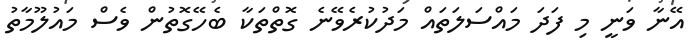
އޭނާ ވަނީ މި ފަދަ މައްސަލަތައް މަދުކުރެވޭނެ ގޮތްތަކާ ބެހޭގޮތުން ވެސް މައުލޫމާތު